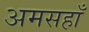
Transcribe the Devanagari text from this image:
अमसहाँ